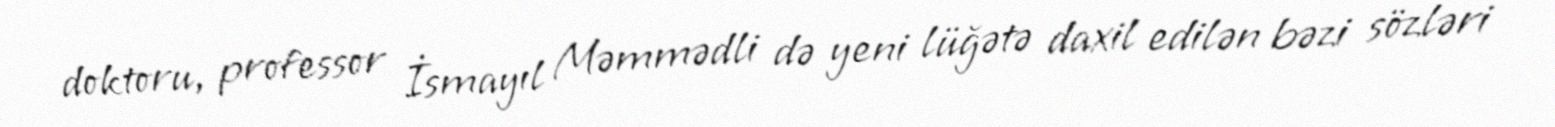
doktoru, professor İsmayıl Məmmədli də yeni lüğətə daxil edilən bəzi sözləri